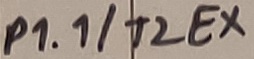
Text: P1.1/T2EX